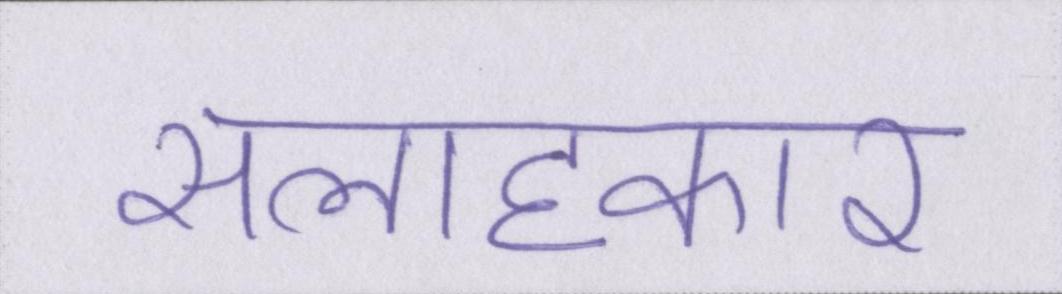
सलाहकार